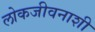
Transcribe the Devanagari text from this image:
लोकजीवनाशी